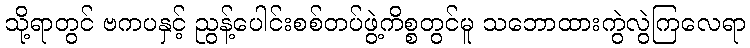
သို့ရာတွင် ဗကပနှင့် ညွန့်ပေါင်းစစ်တပ်ဖွဲ့ကိစ္စတွင်မူ သဘောထားကွဲလွဲကြလေရာ